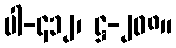
ပါ-၄၁၂၊ ဋ္ဌ-၂၀၈။